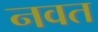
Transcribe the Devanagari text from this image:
नवत